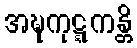
အဍ္ဎကုဋ္ဋကန္တိ